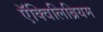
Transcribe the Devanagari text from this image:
ऍक्विलिब्रियम